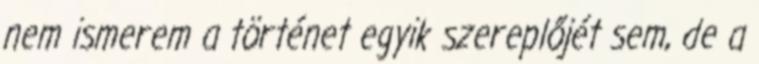
nem ismerem a történet egyik szereplőjét sem, de a